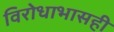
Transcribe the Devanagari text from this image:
विरोधाभासही